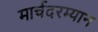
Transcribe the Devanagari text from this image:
मार्चदरम्यान